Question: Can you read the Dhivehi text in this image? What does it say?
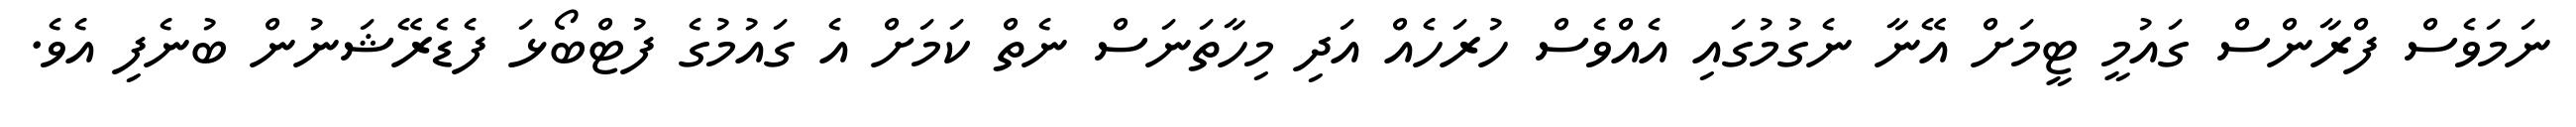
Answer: ނަމަވެސް ފްރާންސް ގައުމީ ޓީމަށް އޭނާ ނެގުމުގައި އެއްވެސް ހުރަހެއް އަދި މިހާތަނަސް ނެތް ކަމަށް އެ ގައުމުގެ ފުޓްބޯޅަ ފެޑެރޭޝަނުން ބުނެފި އެވެ.